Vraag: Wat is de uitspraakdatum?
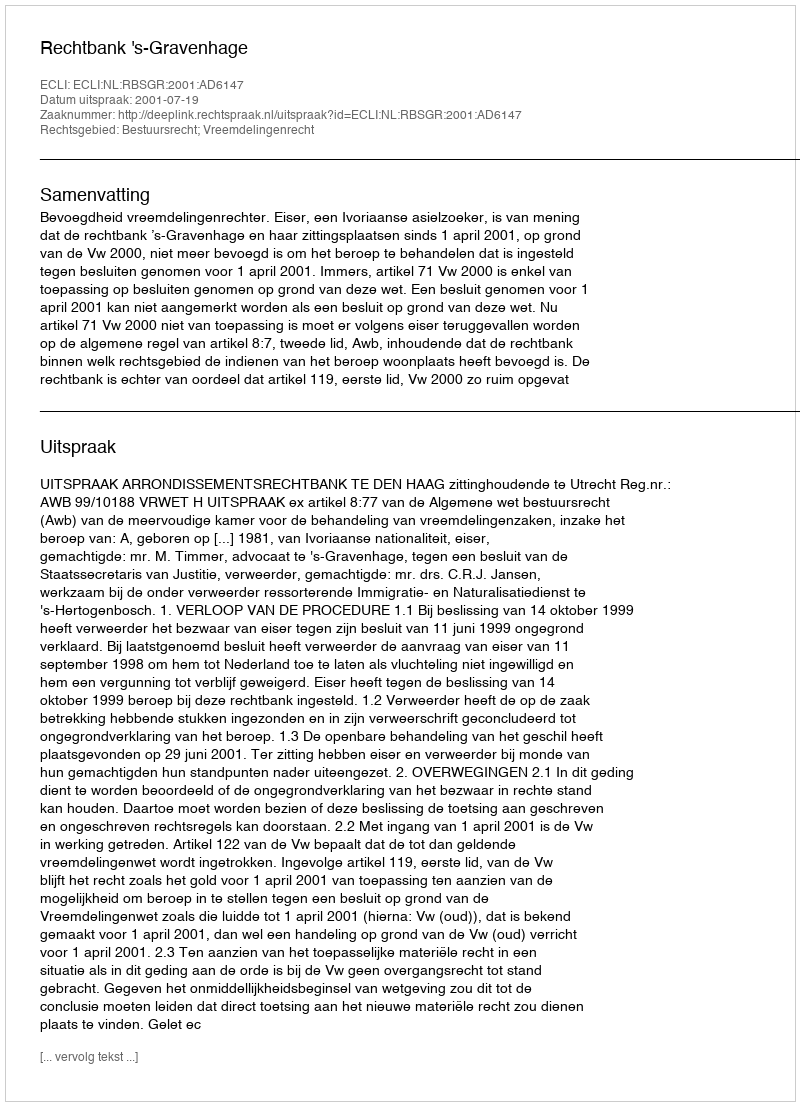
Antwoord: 2001-07-19